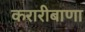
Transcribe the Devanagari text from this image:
करारीबाणा